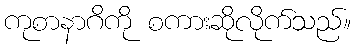
ကုစာနာဂိကို စကားဆိုလိုက်သည်။